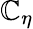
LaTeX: \mathbb{C}_{\eta}